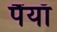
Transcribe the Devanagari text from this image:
पैंयाँ